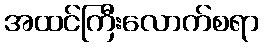
အထင်ကြီးလောက်စရာ